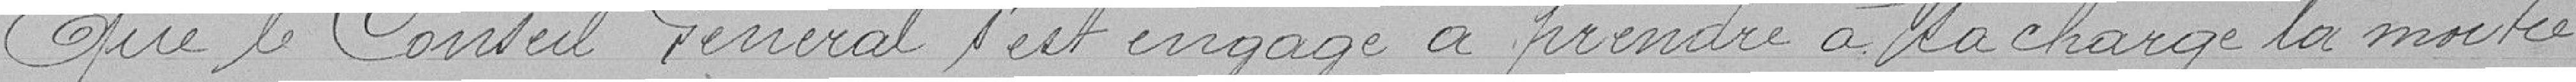
Que le Conseil Général s'est engagé à prendre à sa charge la moitié